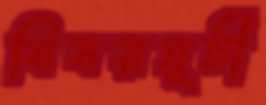
বিষয়সূচী